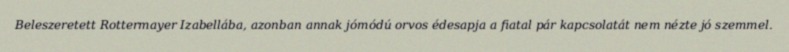
Beleszeretett Rottermayer Izabellába, azonban annak jómódú orvos édesapja a fiatal pár kapcsolatát nem nézte jó szemmel.